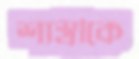
শাস্ত্রীকে